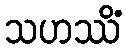
သဟဿိံ